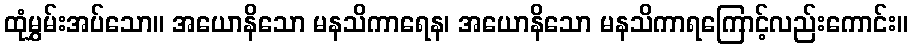
ထုံမွှမ်းအပ်သော။ အယောနိသော မနသိကာရေန၊ အယောနိသော မနသိကာရကြောင့်လည်းကောင်း။